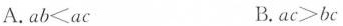
A.ab<ac B.ac>bc